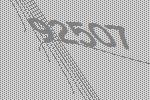
92507